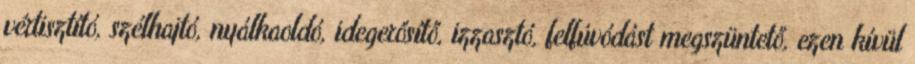
vértisztító, szélhajtó, nyálkaoldó, idegerősítő, izzasztó, felfúvódást megszüntető, ezen kívül